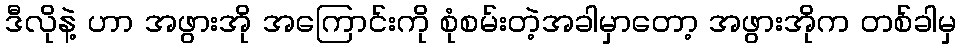
ဒီလိုနဲ့ ဟာ အဖွားအို အကြောင်းကို စုံစမ်းတဲ့အခါမှာတော့ အဖွားအိုက တစ်ခါမှ